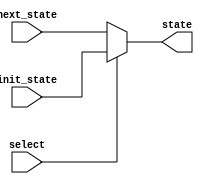
module mux(
    input select,
    input [R-1:0] next_state,
    input [R-1:0] init_state,
    output [R-1:0] state
    );
    
    parameter R = 4;
    
    reg [R-1:0] state;
    
    always @ (*) begin
        if (select) begin
            state <= init_state;
        end
        else begin
            state <= next_state;
        end
    end
    
endmodule